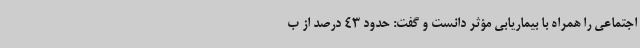
اجتماعی را همراه با بیماریابی مؤثر دانست و گفت: حدود 43 درصد از ب